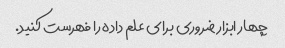
چهار ابزار ضروری برای علم داده را فهرست کنید.